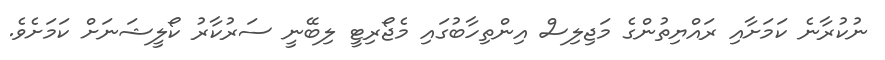
ނުކުރާނެ ކަމަށާއި ރައްޔިތުންގެ މަޖިލިސް އިންތިހާބުގައި މެޖޯރިޓީ ލިބޭނީ ސަރުކާރު ކޯލީޝަނަށް ކަމަށެވެ.